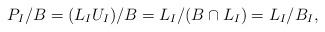
LaTeX: \begin{align*}P_I/B = (L_I U_I)/B = L_I/(B \cap L_I) = L_I/B_I,\end{align*}